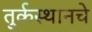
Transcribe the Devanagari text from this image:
तुर्कस्थानचे